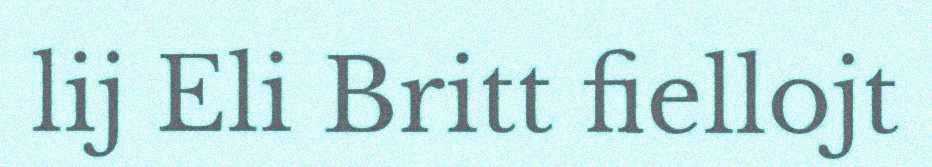
lij Eli Britt fiellojt